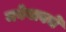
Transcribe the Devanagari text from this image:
नवेगावचे